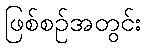
ဖြစ်စဉ်အတွင်း